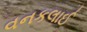
વનકલાઈ